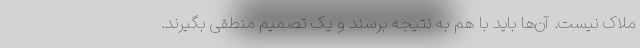
ملاک نیست. آن‌ها باید با هم به نتیجه برسند و یک تصمیم منطقی بگیرند.